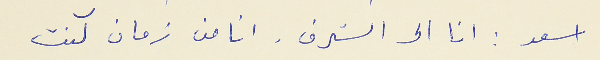
اسعد : انا الى الشرف. انا من زمان كنت